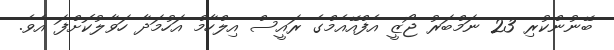
ބޭނުންކުރި 23 ނަމްބަރު ޖޯޒީ އެފްއޭއެމްގެ ރައީސް އިލްހާމް އަހުމަދާ ހަވާލުކޮށްފަ އެވެ.